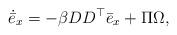
LaTeX: \begin{align*}\dot{\bar{e}}_{x}=-\beta DD^{\top}\bar{e}_{x}+\Pi\Omega,\end{align*}